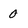
Character: 0